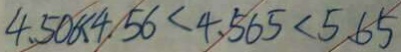
4 . 5 0 6 < 4 . 5 6 < 4 . 5 6 5 < 5 . 6 5